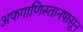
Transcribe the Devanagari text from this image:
अफगाणिस्तानपासून